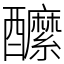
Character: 醿